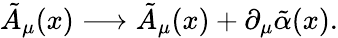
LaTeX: \tilde{A}_{\mu}(x)\longrightarrow\tilde{A}_{\mu}(x)+\partial_{\mu}\tilde{\alpha}(x).